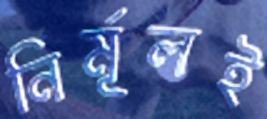
নির্মূলই